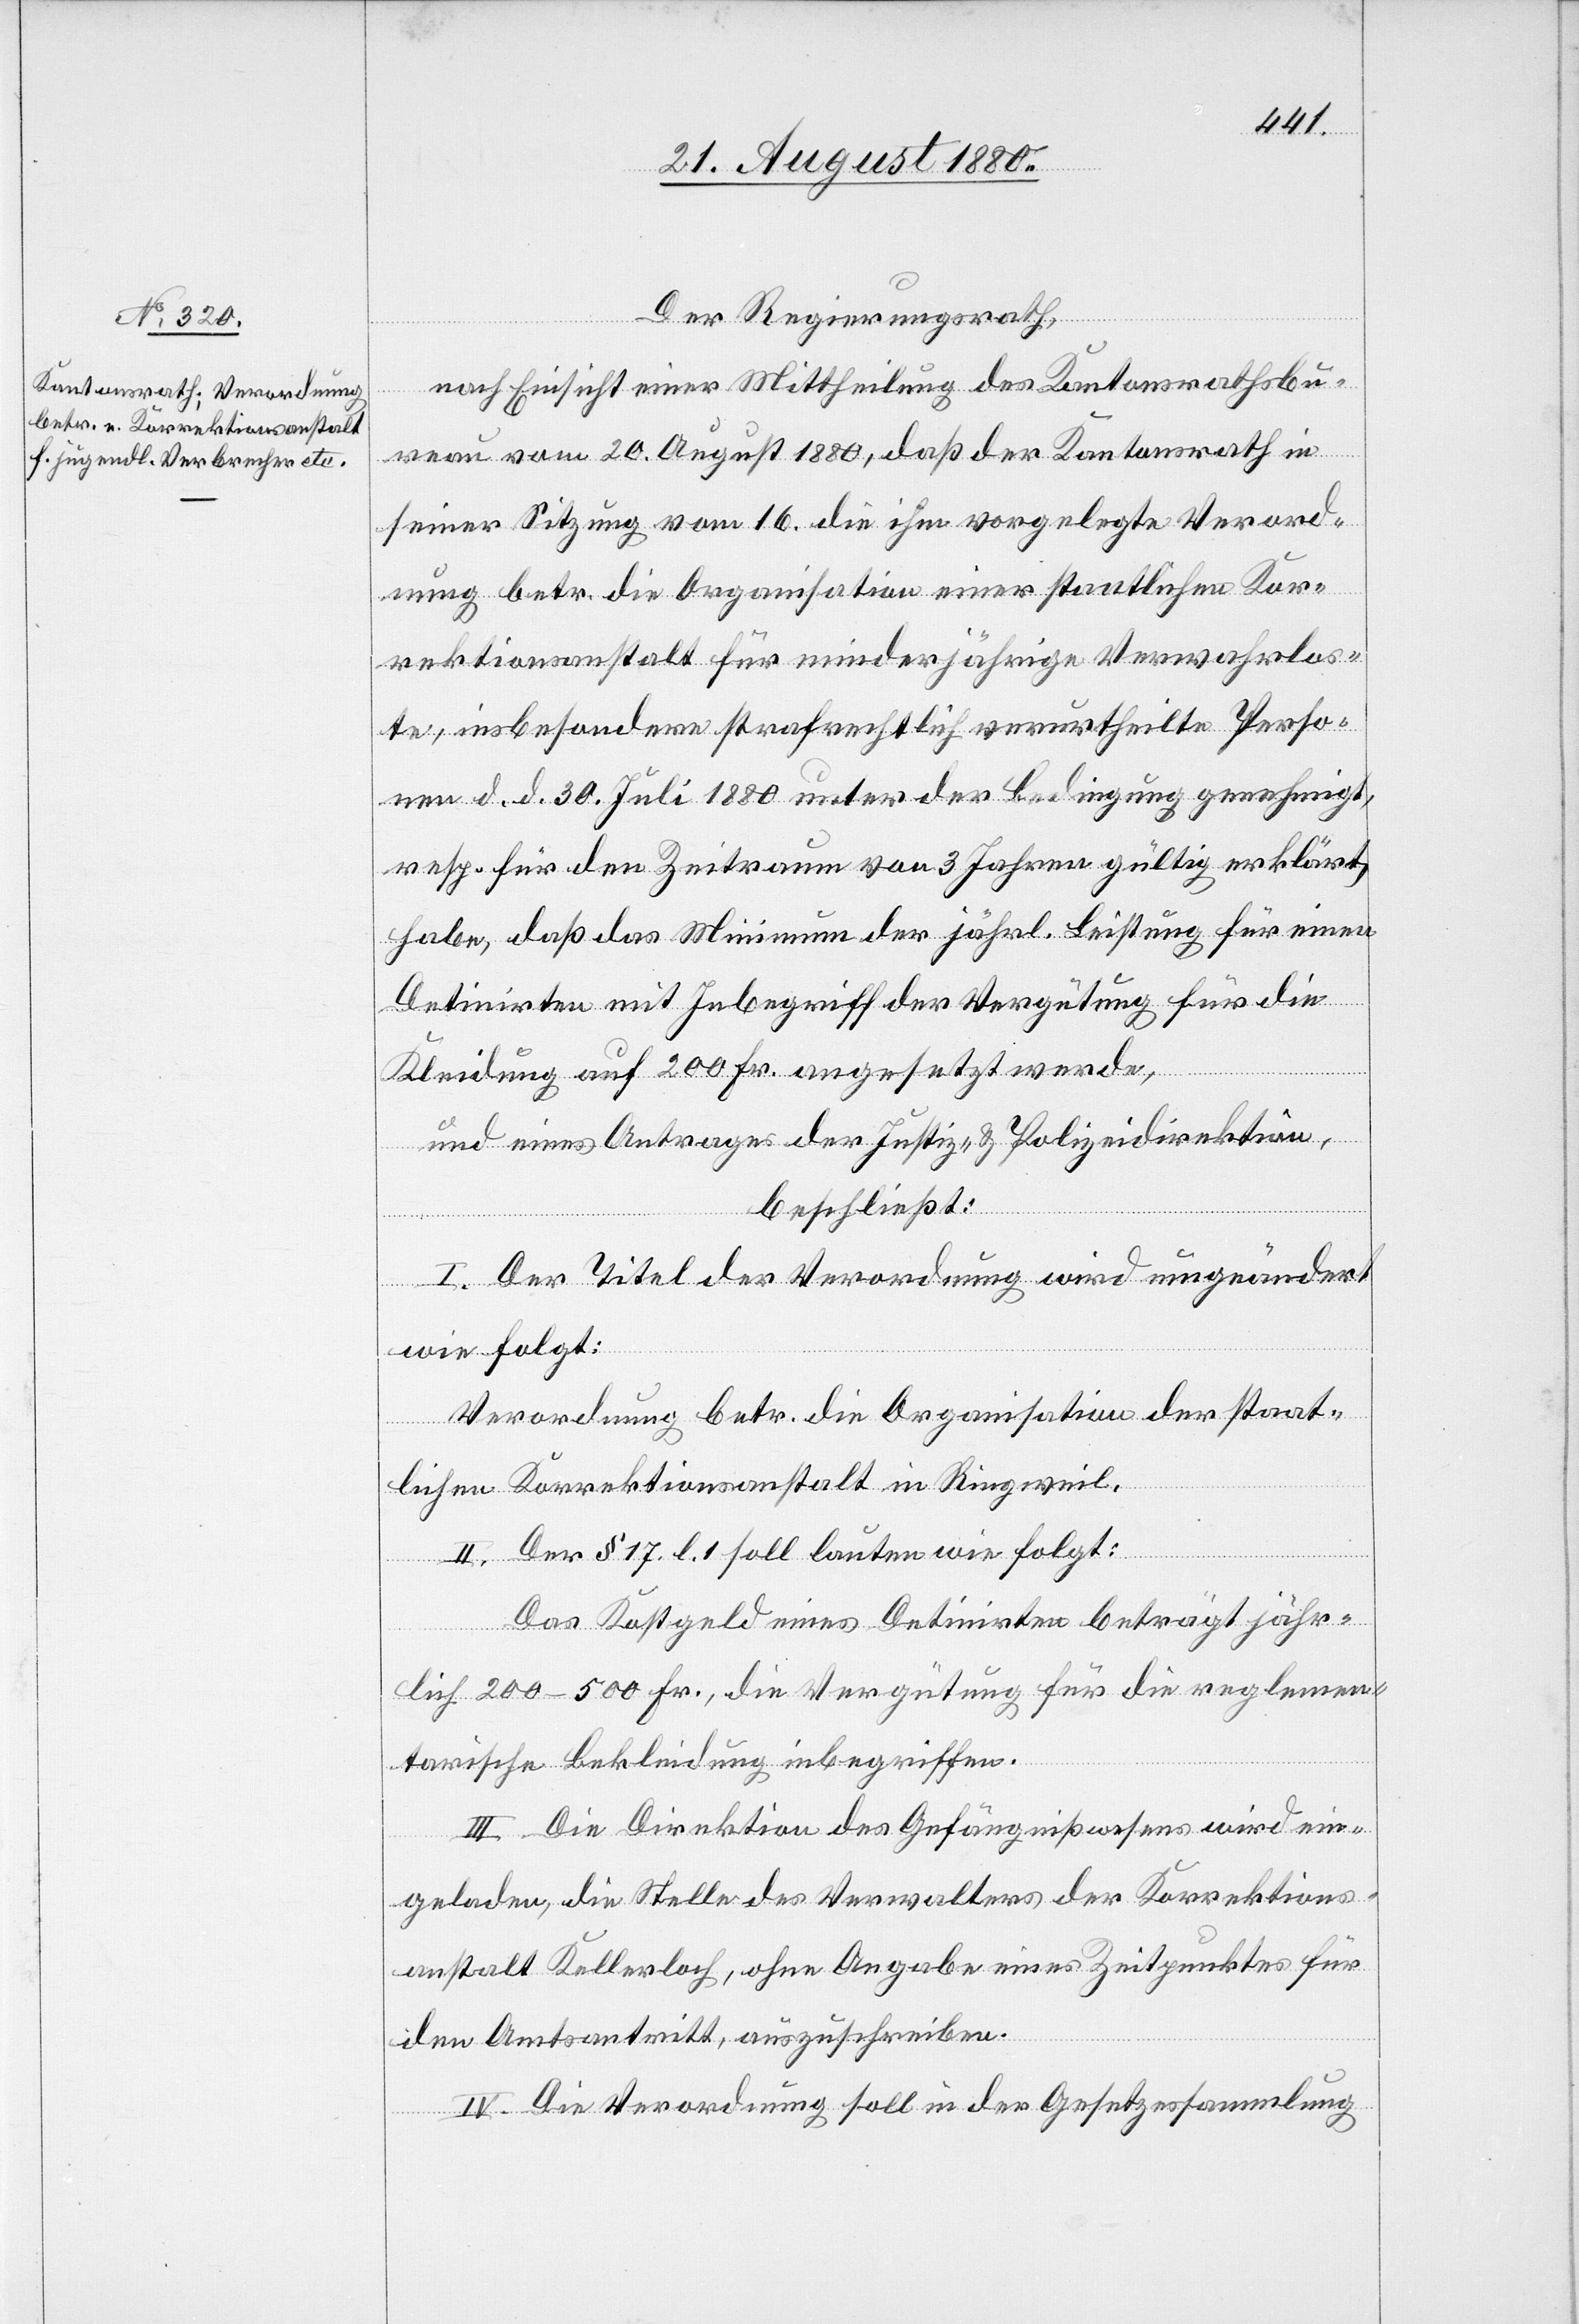
Der Regierungsrath,
nach Einsicht einer Mittheilung des Kantonsrathsbu¬
reau vom 20. August 1880, daß der Kantonsrath in
seiner Sitzung vom 16. die ihm vorgelegte Verord¬
nung betr. die Organisation einer staatlichen Kor¬
rektionsanstalt für minderjährige Verwahrlos¬
te, insbesondere strafrechtlich verurtheilte Perso¬
nen d.d. 30. Juli 1880 unter der Bedingung genehmigt
resp. für den Zeitraum von 3 Jahren gültig erklärt
habe, daß das Minimum der jährl. Leistung für einen
Detinirten mit Inbegriff der Vergütung für die
Kleidung auf 200 Fr. angesetzt werde,
und eines Antrages der Justiz- & Polizeidirektion,
beschließt:
I. Der Titel der Verordnung wird umgeändert
wie folgt:
Verordnung betr. die Organisation der staat¬
lichen Korrektionsanstalt in Ringweil.
II. Der § 17 l. 1 soll lauten wie folgt:
Das Kostgeld eines Detinirten beträgt jähr¬
lich 200–500 Fr., die Vergütung für die reglemen¬
tarische Bekleidung inbegriffen.
III. Die Direktion des Gefängnißwesens wird ein¬
geladen, die Stelle des Verwalters der Korrektions¬
anstalt Kellerloch, ohne Angabe eines Zeitpunktes für
den Amtsantritt, auszuschreiben.
IV. Die Verordnung soll in der Gesetzessammlung